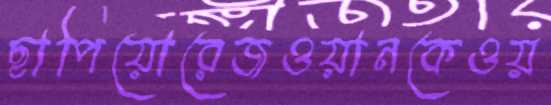
ছাপিয়োরেজওয়ানকেওয়